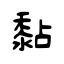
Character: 黏